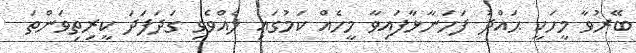
ބޭރުވާ މީހަކީ ޙައްދު ފަހަނާޅާފައިވާ މީހެއް ކަމުގައި ލެއްވެވި ގަދަފަދަ ކީރިތިވަންތަ